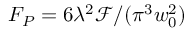
F _ { P } = 6 \lambda ^ { 2 } \mathcal { F } / ( \pi ^ { 3 } w _ { 0 } ^ { 2 } )